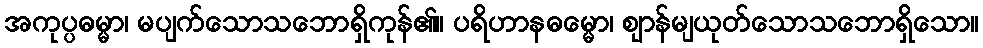
အကုပ္ပဓမ္မာ၊ မပျက်သောသဘောရှိကုန်၏။ ပရိဟာနဓမ္မော၊ ဈာန်မျယုတ်သောသဘောရှိသော။